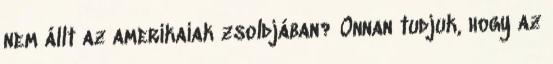
nem állt az amerikaiak zsoldjában? Onnan tudjuk, hogy az